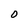
Character: O